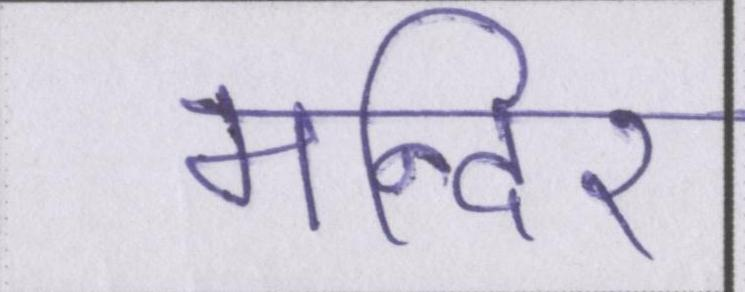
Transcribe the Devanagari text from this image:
मन्दिर